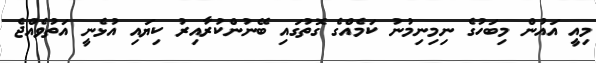
މިއީ އައުން މިބަހުގެ ނިމިނިމުނު ކަމެއްގެ ގޮތުގައި ބޭނުންކުރާއިރު ކިޔައި އުޅެނީ އަތުވެއްޖެ